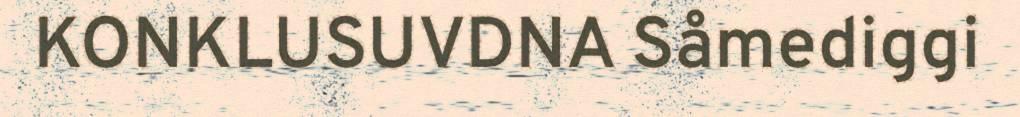
KONKLUSUVDNA Såmediggi